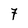
Character: 7